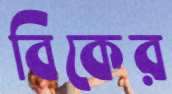
বিকের